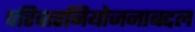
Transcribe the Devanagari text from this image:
परिवारनियोजनाबद्दल